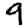
Digit: 9